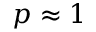
p \approx 1